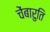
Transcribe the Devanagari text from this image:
चेंबारुति